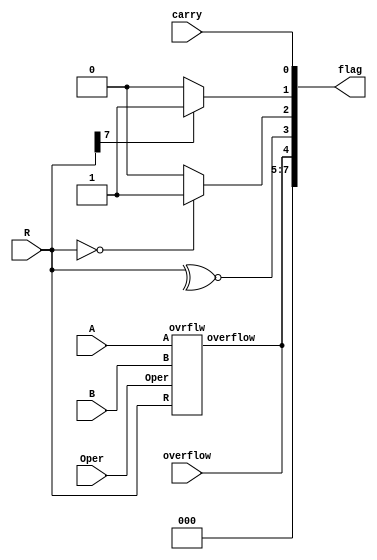
`timescale 1ns / 1ps

module flagreg(A,B,Oper,R,carry,flag,overflow);
 
    input [7:0]R,A,B;
    input [4:0]Oper;
    input carry,overflow;
    output reg [7:0]flag;
    
    ovrflw O(A,B,Oper,R,overflow);
    
    always @*
   begin
   flag[0]=carry;   // carry flag 
   
   if(R[7])
   flag[1]=1'b1;    // sign flag
   else flag[1]=1'b0;
   
   if (R==0)
   flag[2]=1'b1;    //zero flag
   else flag[2]=1'b0;
   
  flag[3]=~^R;    //even parity flag
  
 
  flag[4]=overflow; //overflow flag
  
  
  
  flag[5]=0;
  flag[6]=0;
  flag[7]=0;
  
     
    
  
    
    
 end   
endmodule



module ovrflw( A,B,Oper,R,overflow);
input [7:0] A,B,R;
input [4:0]Oper;
output  reg overflow;
 
 
 always@*
 begin
 if (Oper==00000)
 overflow = (~A[7] & ~B[7] & R[7]) | (A[7] & B[7] & ~R[7]);
 
 else if(Oper==00001)
   overflow = (~A[7] & B[7] & R[7]) | (A[7] & ~B[7] & ~R[7]);
 else 
 overflow=0;
 end
 endmodule